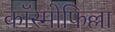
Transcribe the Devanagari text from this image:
कॉस्मोफिल्ला